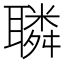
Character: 𦗲